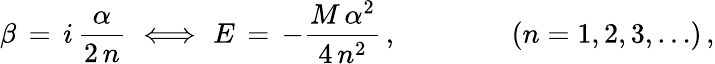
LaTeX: \beta\, =\, i\, \frac{\alpha}{2\, n}\, \, \Longleftrightarrow\, \, E\, =\, -\frac{M\, \alpha^{2}}{4\, n^{2}}\, ,\qquad\qquad(n=1,2,3,\ldots)\, ,